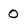
Character: 0